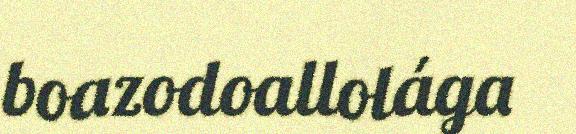
boazodoallolága